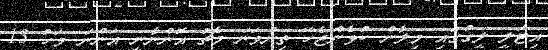
އިޓަލީ ލީގުގައި މިލާން ކުޅެންޖެހޭ ތިންވަނަ މެޗު އޮންނާނީ އަންނަ މަހު 13